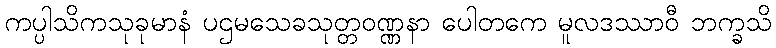
ကပ္ပါသိကသုခုမာနံ ပဌမသေခသုတ္တဝဏ္ဏနာ ပေါတကေ မူလဒဿာဝီ ဘက္ခသိ